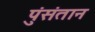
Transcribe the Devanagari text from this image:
पुंसंतान